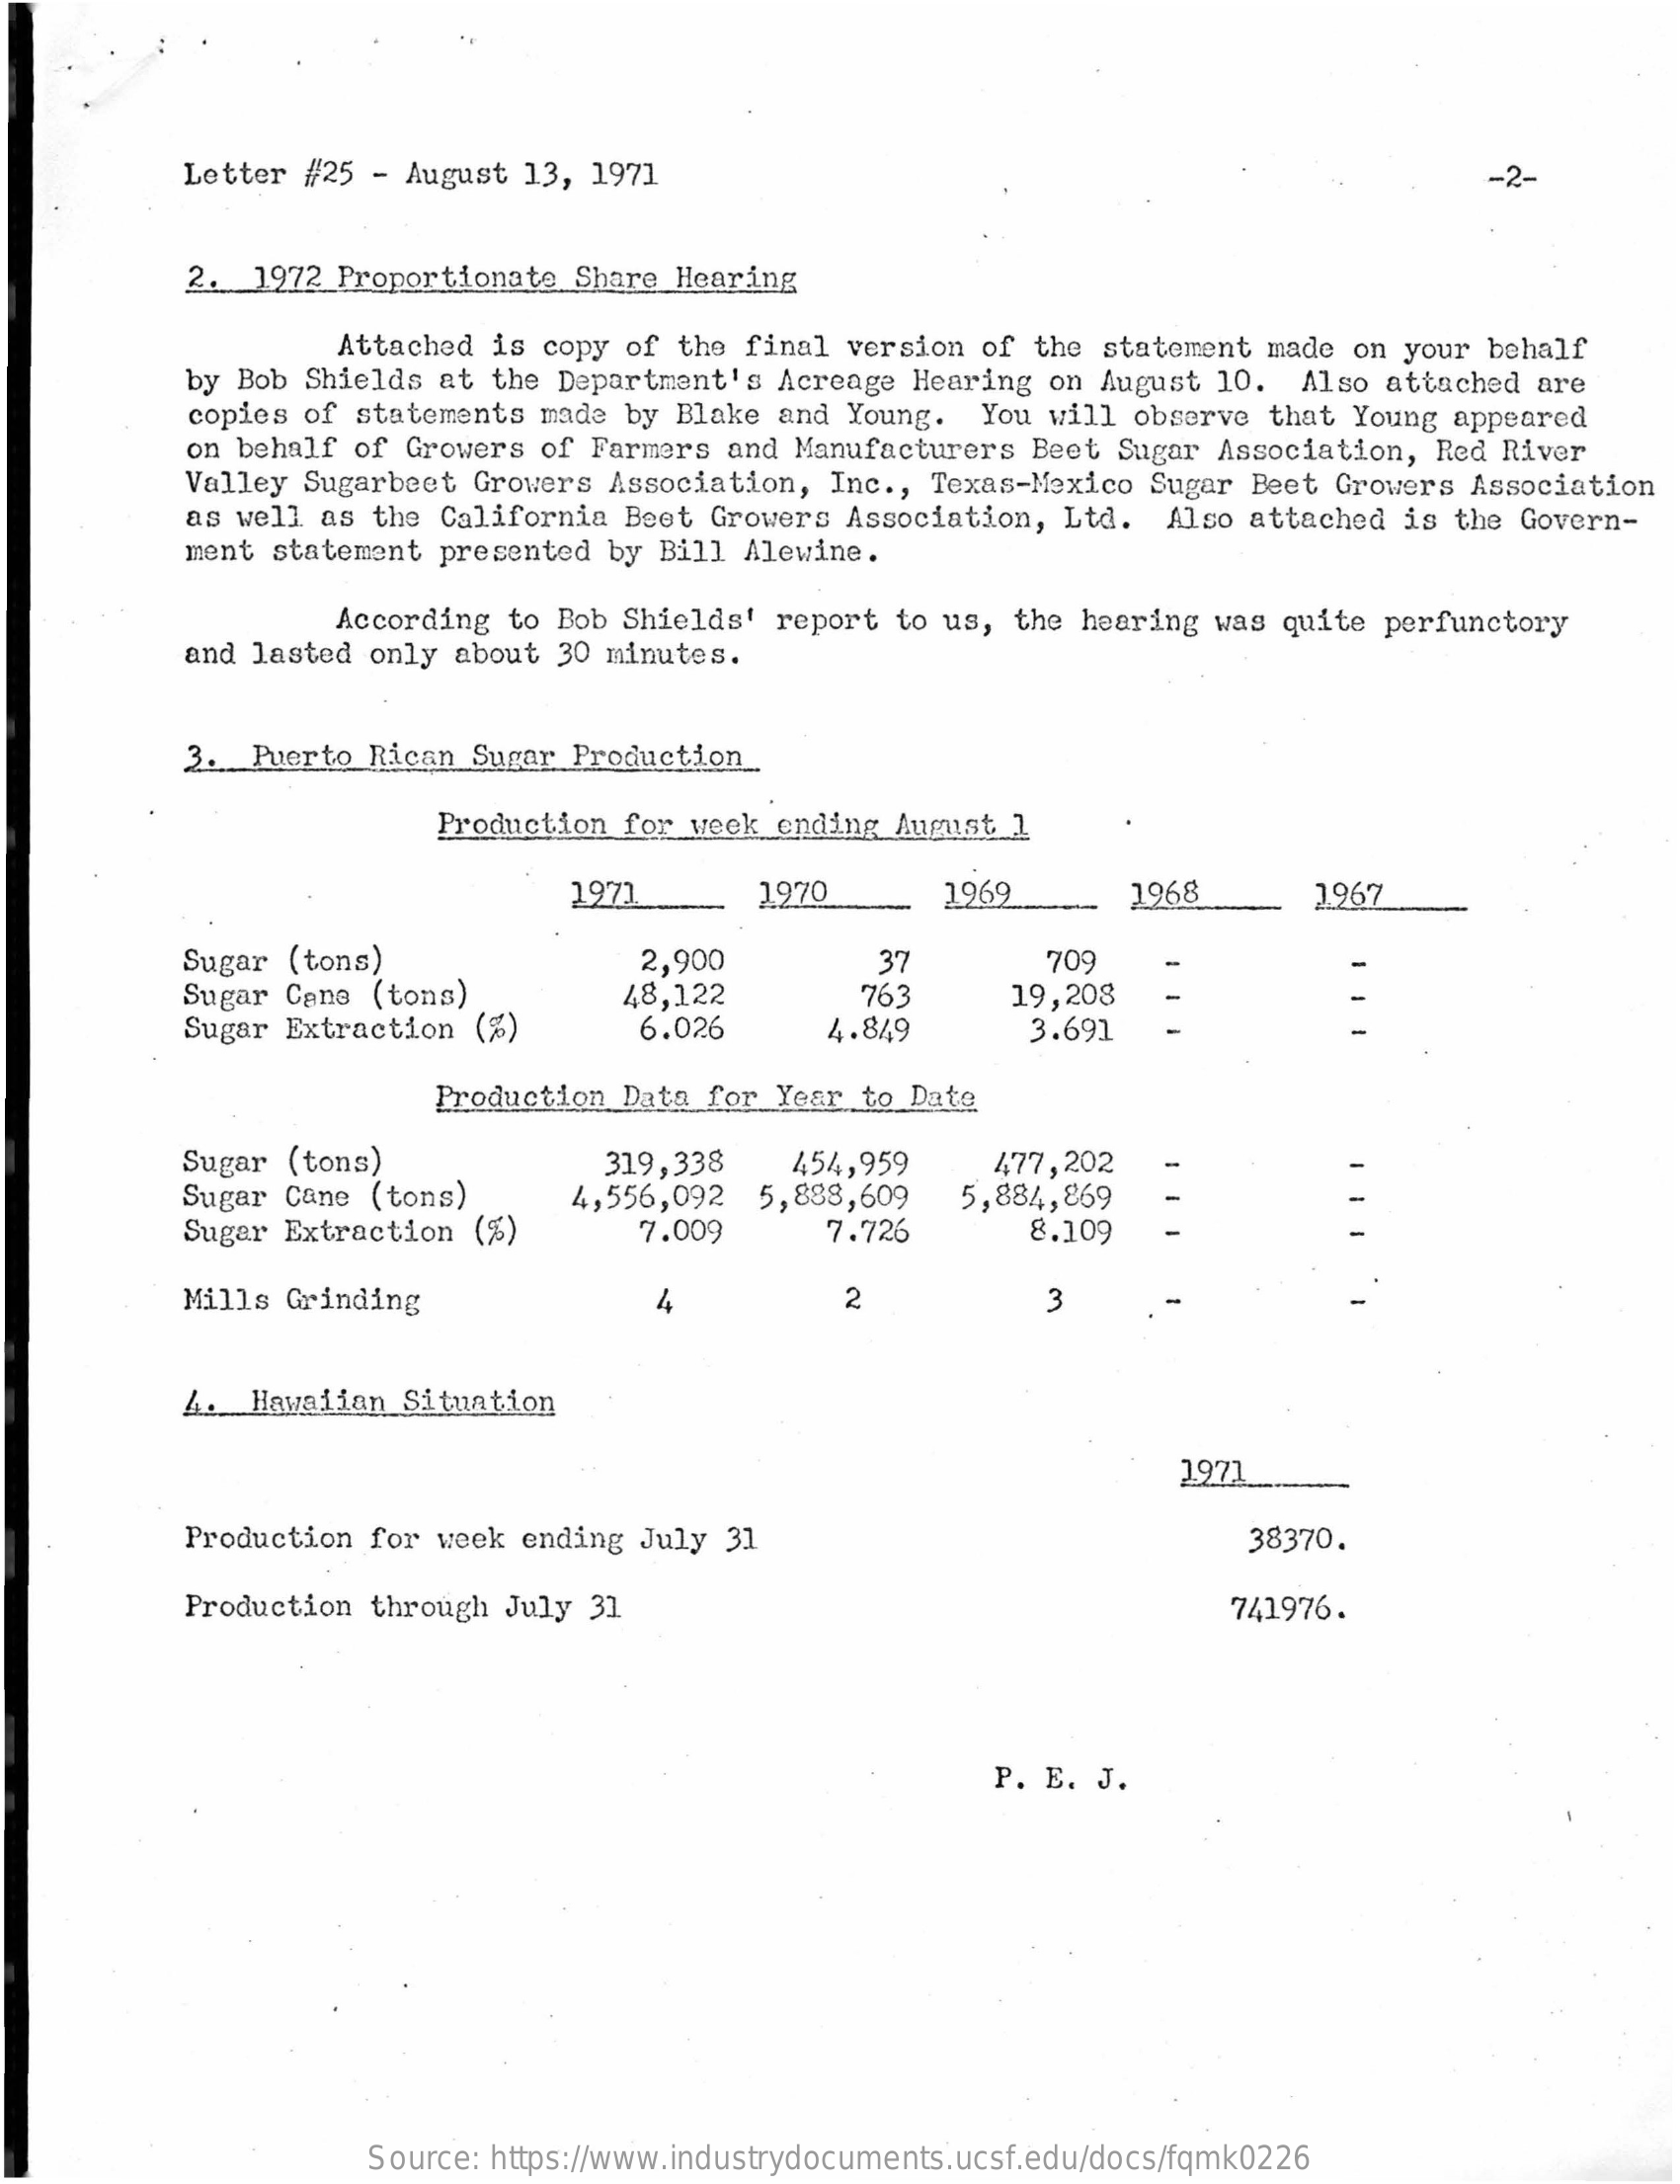
Letter #25 - August 13, 1971    -2-
     2.  1972 Proportionate Share Hearing
     Attached is copy of the final version of the statement made on your behalf
     by Bob Shields at the Department's Acreage Hearing on August 10. Also attached are
     copies of statements made by Blake and Young. You will observe that Young appeared
     on behalf of Growers of Farmers and Manufacturers Beet Sugar Association, Red River
     Valley Sugarbeet Growers Association, Inc ., Texas-Mexico Sugar Beet Growers Association
     as well as the California Beet Growers Association, Ltd. Also attached is the Govern-
     ment statement presented by Bill Alewine.
     According to Bob Shields' report to us, the hearing was quite perfunctory
     and lasted only about 30 minutes.
     3. Puerto Rican Sugar Production
     Production for week ending August 1
     1977    1970    1969    1968    1.967
     Sugar (tons)    709
     Sugar Cane (tons)
     2,900
     48,122
     37
     763    19,208
     Sugar Extraction (%)    6.026    4.849    3.691
     Production Data for Year to Date
     Sugar (tons)
     Sugar Cane (tons)
     319,338   454,959
     Sugar Extraction (%)
     4,556,092 5,888,609
     477,202
     5,884,869
     7.009    7.726    8.109
     Mills Grinding    2    3
     A. Hawaiian Situation
     1971
     Production for week ending July 31    38370.
     Production through July 31    741976.
     P. E. J.
     Source: https://www.industrydocuments.ucsf.edu/docs/fqmk0226